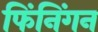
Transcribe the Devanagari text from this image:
फिंनिंगन